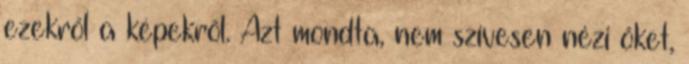
ezekről a képekről. Azt mondta, nem szívesen nézi őket,